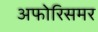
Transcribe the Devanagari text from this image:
अफोरिसमर